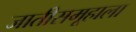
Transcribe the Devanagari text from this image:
जातीसमूहाला